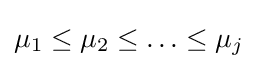
\mu _{1}\leq \mu _{2}\leq \ldots \leq \mu _{j}